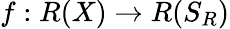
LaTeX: f:R(X)\rightarrow R(S_{R})